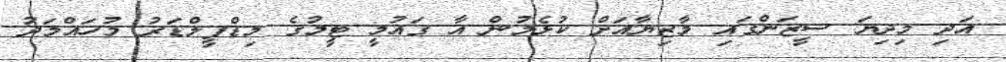
އަދި މިދިޔަ ސީޒަންގައި މާޒިޔާއަށް ކުޅެމުން އާ ގައުމީ ޓީމުގެ މިޑްފީލްޑަރު މުހައްމަދު